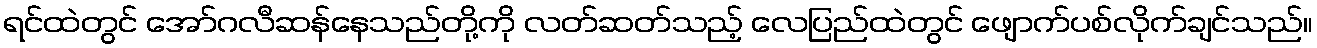
ရင်ထဲတွင် အော်ဂလီဆန်နေသည်တို့ကို လတ်ဆတ်သည့် လေပြည်ထဲတွင် ဖျောက်ပစ်လိုက်ချင်သည်။